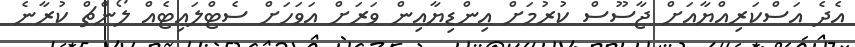
އެދެ އަސްކަރިއްޔާއަށް ޖާސޫސް ކުރުމަށް އިންޑިޔާއިން ވަރަށް އަވަހަށް ސެޓްލައިޓެއް ލޯންޗް ކުރާނެ